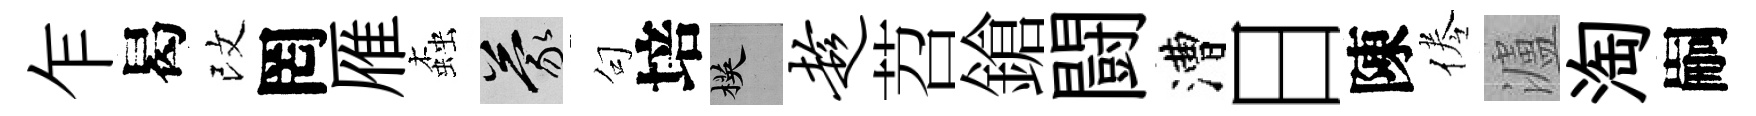
乍曷改罔雁螙蒙句培楧趁苕鎗闘漕日陳倦瀘淘嗣